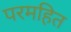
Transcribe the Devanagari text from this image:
परमहित